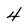
Character: 4